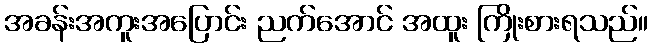
အခန်းအကူးအပြောင်း ညက်အောင် အထူး ကြိုးစားရသည်။